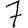
Digit: 7